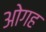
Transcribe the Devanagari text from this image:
ओगह